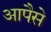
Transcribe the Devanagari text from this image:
आपैसे